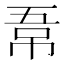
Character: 𭘣